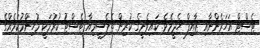
ޓެސްޓް އަހަރެންނާއި ޒާއިފް ހެދީމެވެ. ކައިވެނީގެ ކުރިން ތެލެސީމިއާ ޓެސްޓު ކުރުމަކީ މުހިންމުކަމެއްގެ